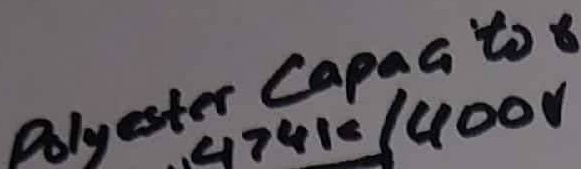
Text: Polysster capacitor